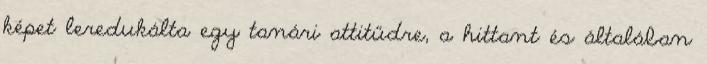
képet leredukálta egy tanári attitűdre, a hittant és általában